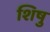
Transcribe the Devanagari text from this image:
शिषु